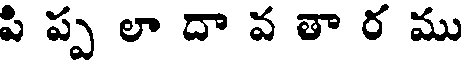
పి ప్ప లా దా వ తా ర ము